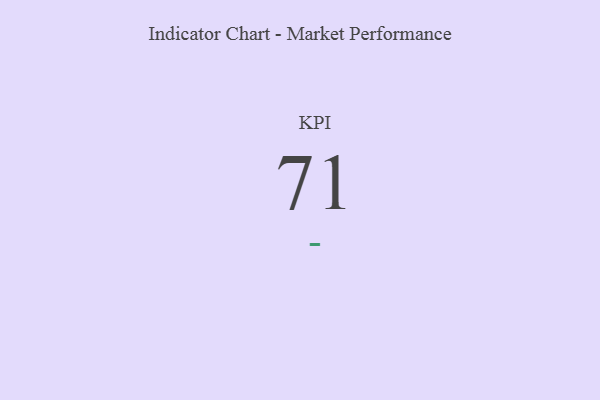
{"axis": {"x": "KPI", "y": "Value"}, "legend": [""], "data": [{"x": "KPI", "y": 71, "type": ""}]}